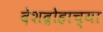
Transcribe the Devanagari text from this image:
देशद्रोहाच्या